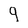
Character: 9